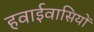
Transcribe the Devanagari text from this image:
हवाईवासियों